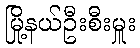
မြို့နယ်ဦးစီးမှူး